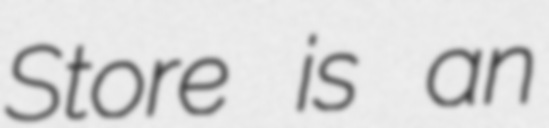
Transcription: Store is an